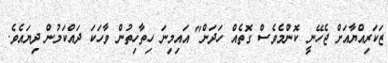
ޒަކަރިއްޔާއަށް ޖެހޭނީ ކޮންމެވެސް ގޮތެއް ހަދަން" އައިމިނަ ހިތާހިތުން ވާހަކަ ދައްކަމުން ދިޔައެވެ.